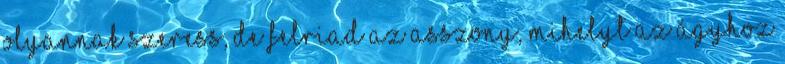
Olyannak szeress, de felriad az asszony, mihelyt az ágyhoz